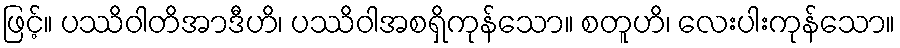
ဖြင့်။ ပဿိဝါတိအာဒီဟိ၊ ပဿိဝါအစရှိကုန်သော။ စတူဟိ၊ လေးပါးကုန်သော။